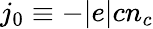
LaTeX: j_{0}\equiv-|e|cn_{c}